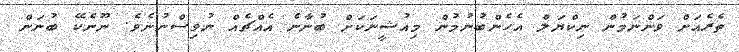
ތެރެއަށް ވަންނަމުން ނިކްޔަލް އެހެންބުނުމުން މިއުޝީނަކަށް ބުނާނެ އެއްޗެއް ނުވިސްނުނެވެ. ނޫނެކޭ ބުނަން